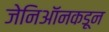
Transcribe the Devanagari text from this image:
जेनिऑनकडून